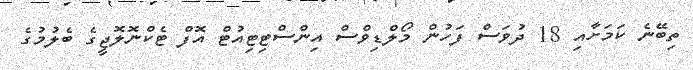
ތިބޭނެ ކަމަށާއި 18 ދުވަސް ފަހުން މޯލްޑިވްސް އިންސްޓިޓިއުޓް އޮފް ޓެކްނޮލޮޖީގެ ބެލުމުގެ